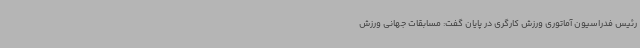
رئیس فدراسیون آماتوری ورزش کارگری در پایان گفت: مسابقات جهانی ورزش